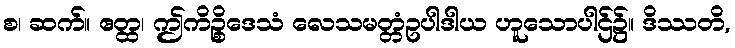
စ၊ ဆက်။ ဧတ္ထ၊ ဤကိဉ္စိဒေသံ လေသမတ္တံဥပါဒါယ ဟူသောပါဌ်၌။ ဒိဿတိ,